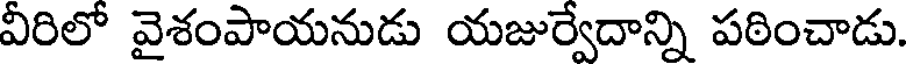
వీరిలో వైశంపాయనుడు యజుర్వేదాన్ని పఠించాడు.